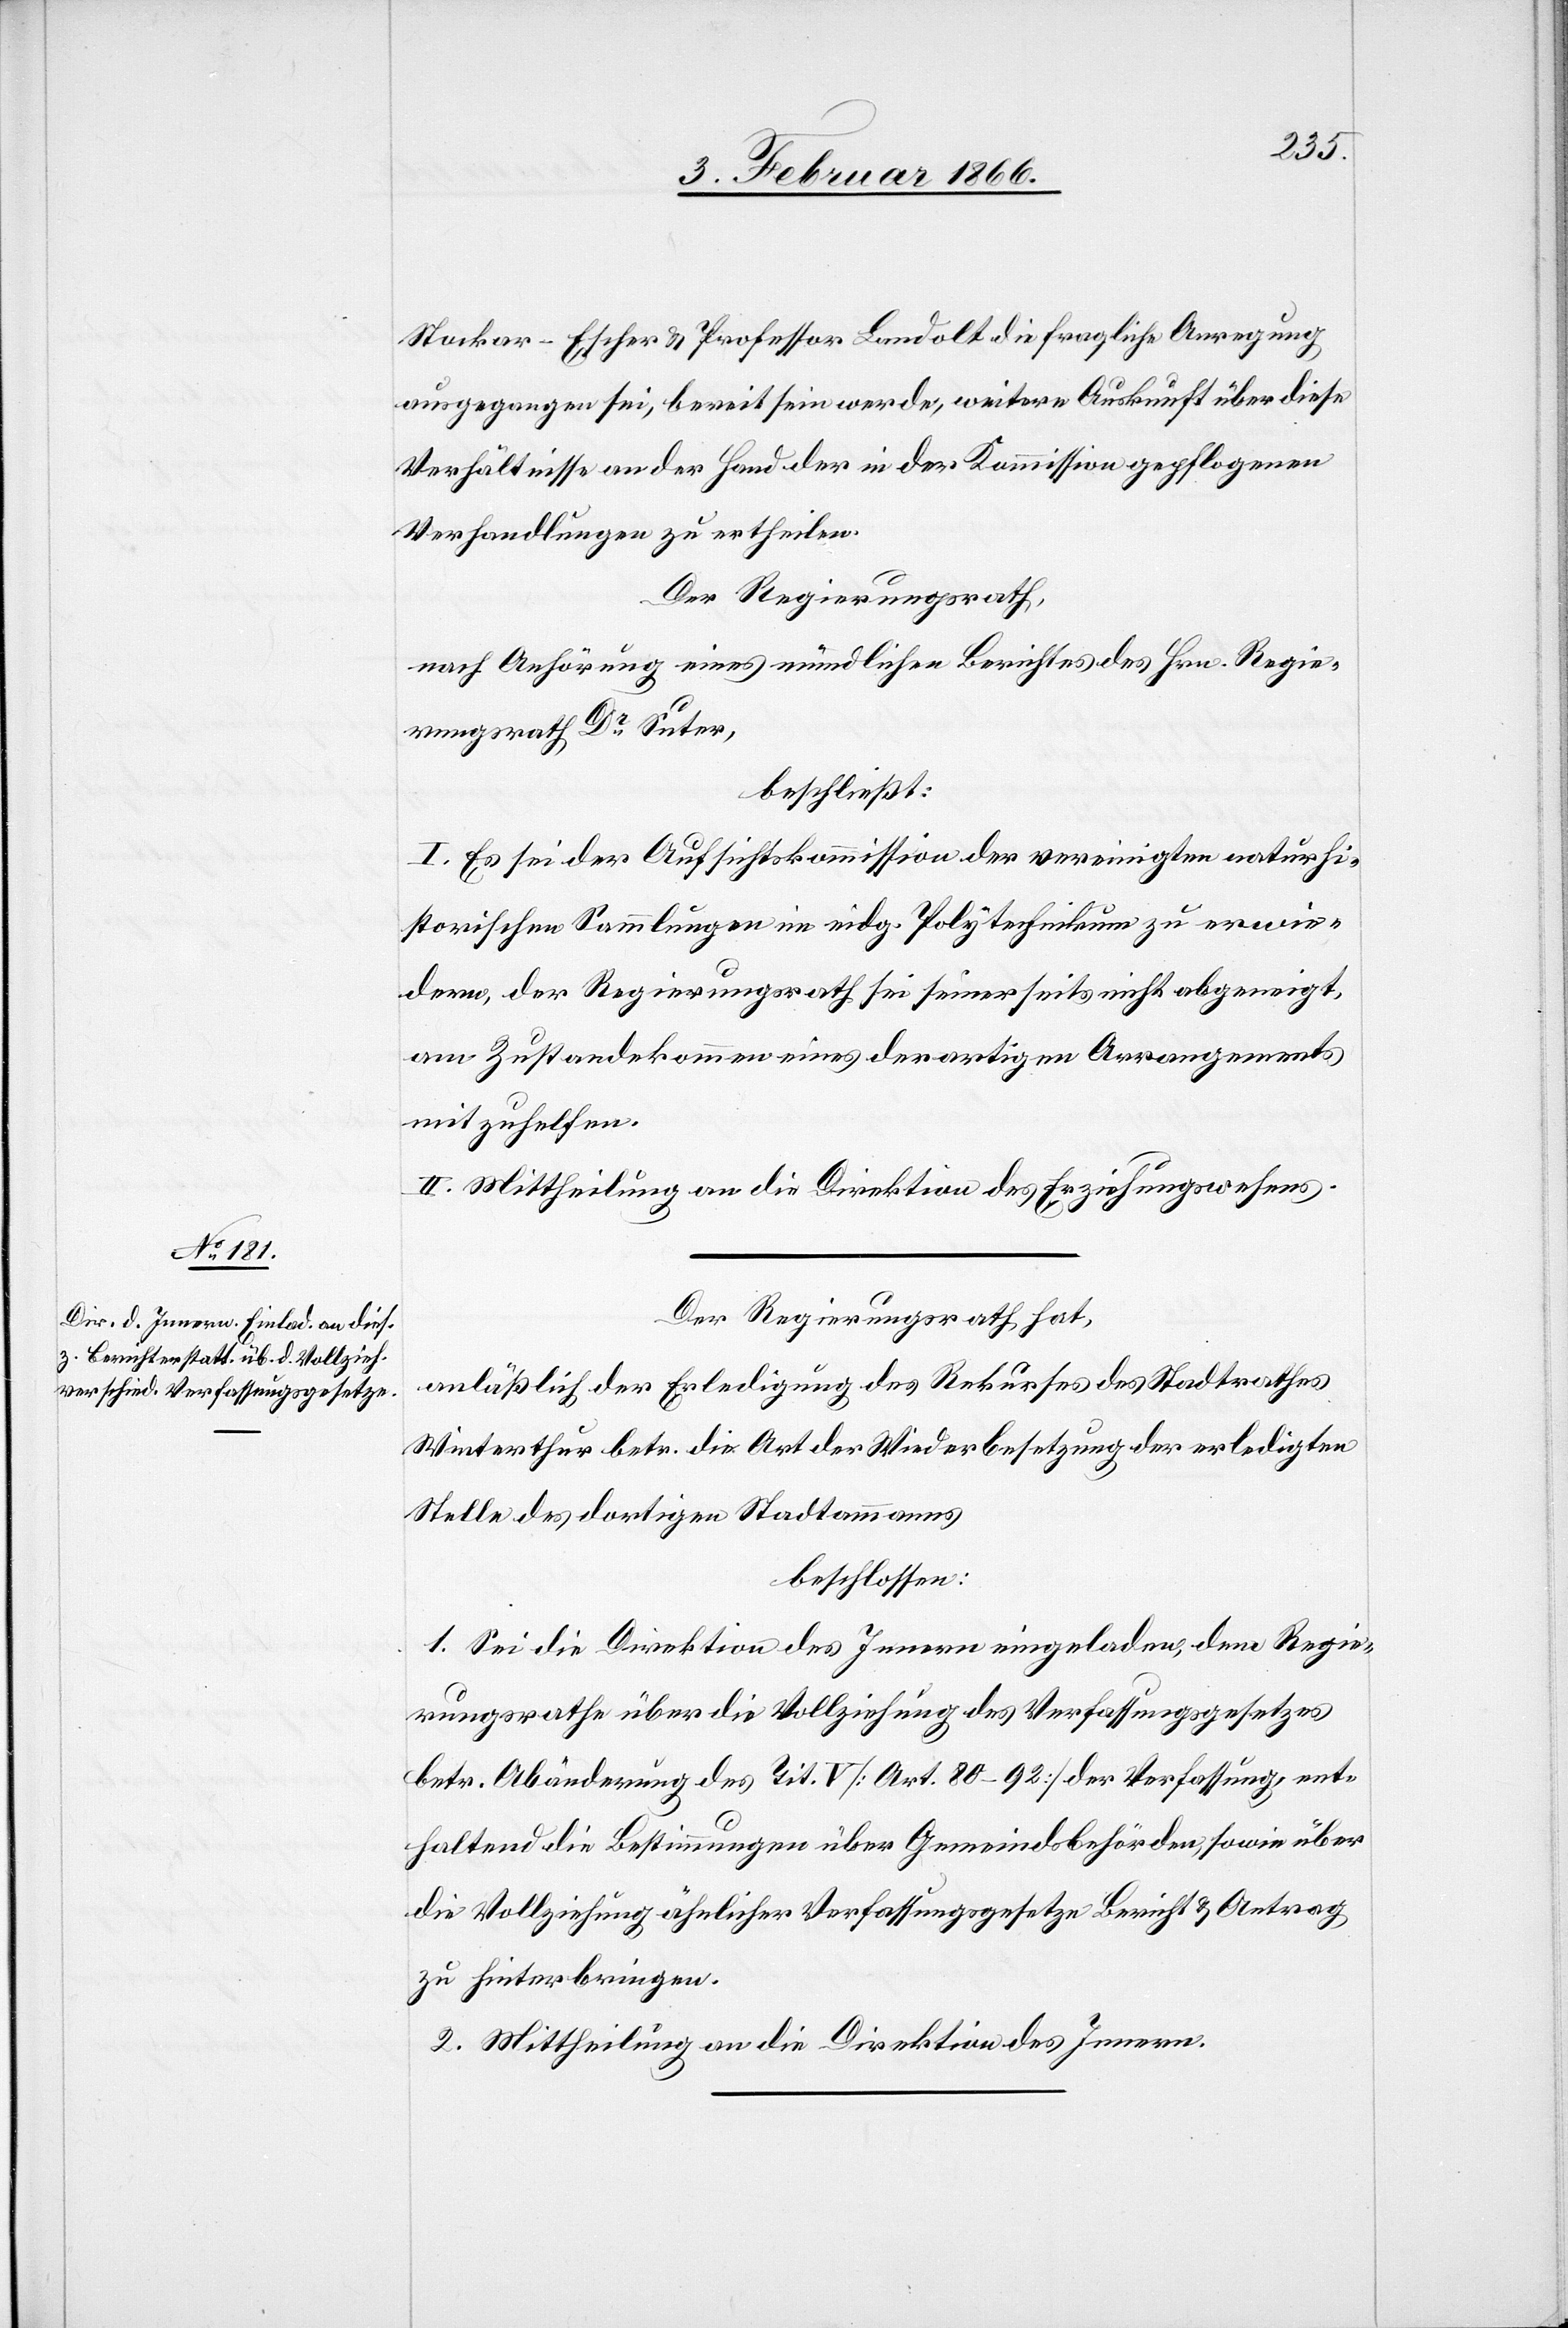
Stocker-Escher u. Professor Landolt die fragliche Anregung
ausgegangen sei, bereit sein werde, weitere Auskunft über diese
Verhältnisse an der Hand der in der Kommission gepflogenen
Verhandlungen zu ertheilen.
Der Regierungsrath,
nach Anhörung eines mündlichen Berichtes des Hrn. Regie¬
rungsrath Dr. Suter,
beschließt:
I. Es sei der Aufsichtskommission der vereinigten naturhi¬
storischen Sammlungen im eidg. Polytechnikum zu erwie¬
dern, der Regierungsrath sei seinerseits nicht abgeneigt,
am Zustandekommen eines derartigen Arrangements
mitzuhelfen.
II. Mittheilung an die Direktion des Erziehungswesens.
Der Regierungsrath hat,
anläßlich der Erledigung des Rekurses des Stadtrathes
Winterthur betr. die Art der Wiederbesetzung der erledigten
Stelle des dortigen Stadtammanns
beschlossen:
1. Sei die Direktion des Innern eingeladen, dem Regie¬
rungsrathe über die Vollziehung des Verfassungsgesetzes
betr. Abänderung des Tit. V [Art. 80–92] der Verfassung, ent¬
haltend die Bestimmungen über Gemeindsbehörden, sowie über
die Vollziehung ähnlicher Verfassungsgesetze Bericht u. Antrag
zu hinterbringen.
2. Mittheilung an die Direktion des Innern.